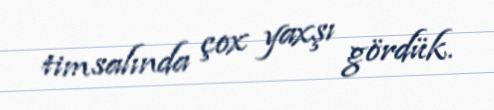
timsalında çox yaxşı gördük.